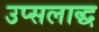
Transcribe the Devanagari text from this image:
उप्सलाद्ध